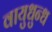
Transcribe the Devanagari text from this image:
वायुधुन्ध